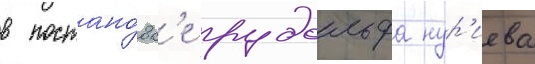
в постано́вк'е рудольфа нур'иева